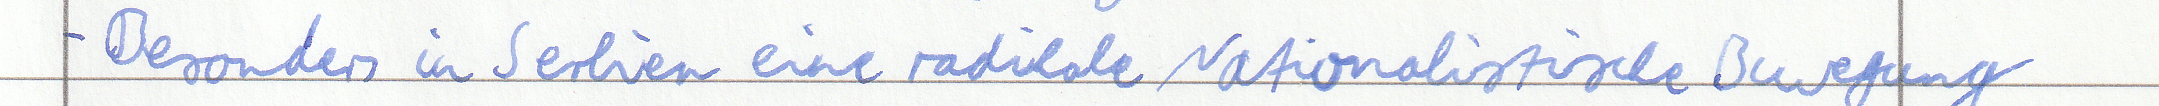
- Besonders in Serbien eine radikale Nationalistische Bewegung